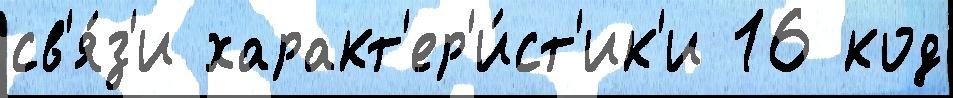
св'я́з'и характ'ер'и́ст'ик'и 16 код